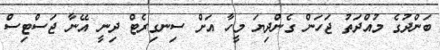
ބަންދުގެ މުއްދަތު ޖަހަން ގެންދިޔަ މީހާ އަށް ސިނގިރެޓް ދިނީ އޭނާ ޖަސްޓިސް